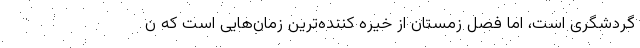
گردشگری است، اما فصل زمستان از خیره کننده‌ترین زمان‌هایی است که ن